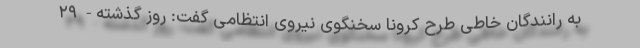
به رانندگان خاطی طرح کرونا سخنگوی نیروی انتظامی گفت: روز گذشته- ۲۹